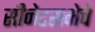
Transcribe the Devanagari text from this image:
सीनेटसभेचे